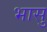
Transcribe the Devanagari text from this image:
भासु